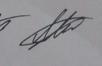
Signature authenticity: genuine